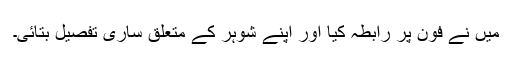
میں نے فون پر رابطہ کیا اور اپنے شوہر کے متعلق ساری تفصیل بتائی۔